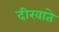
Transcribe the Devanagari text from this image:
दीखाते